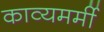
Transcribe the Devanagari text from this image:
काव्यमर्मी